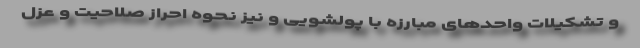
و تشکیلات واحدهای مبارزه با پولشویی و نیز نحوه احراز صلاحیت و عزل